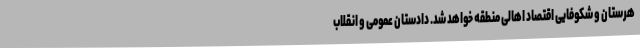
هرستان و شکوفایی اقتصاد اهالی منطقه خواهد شد. دادستان عمومی و انقلاب